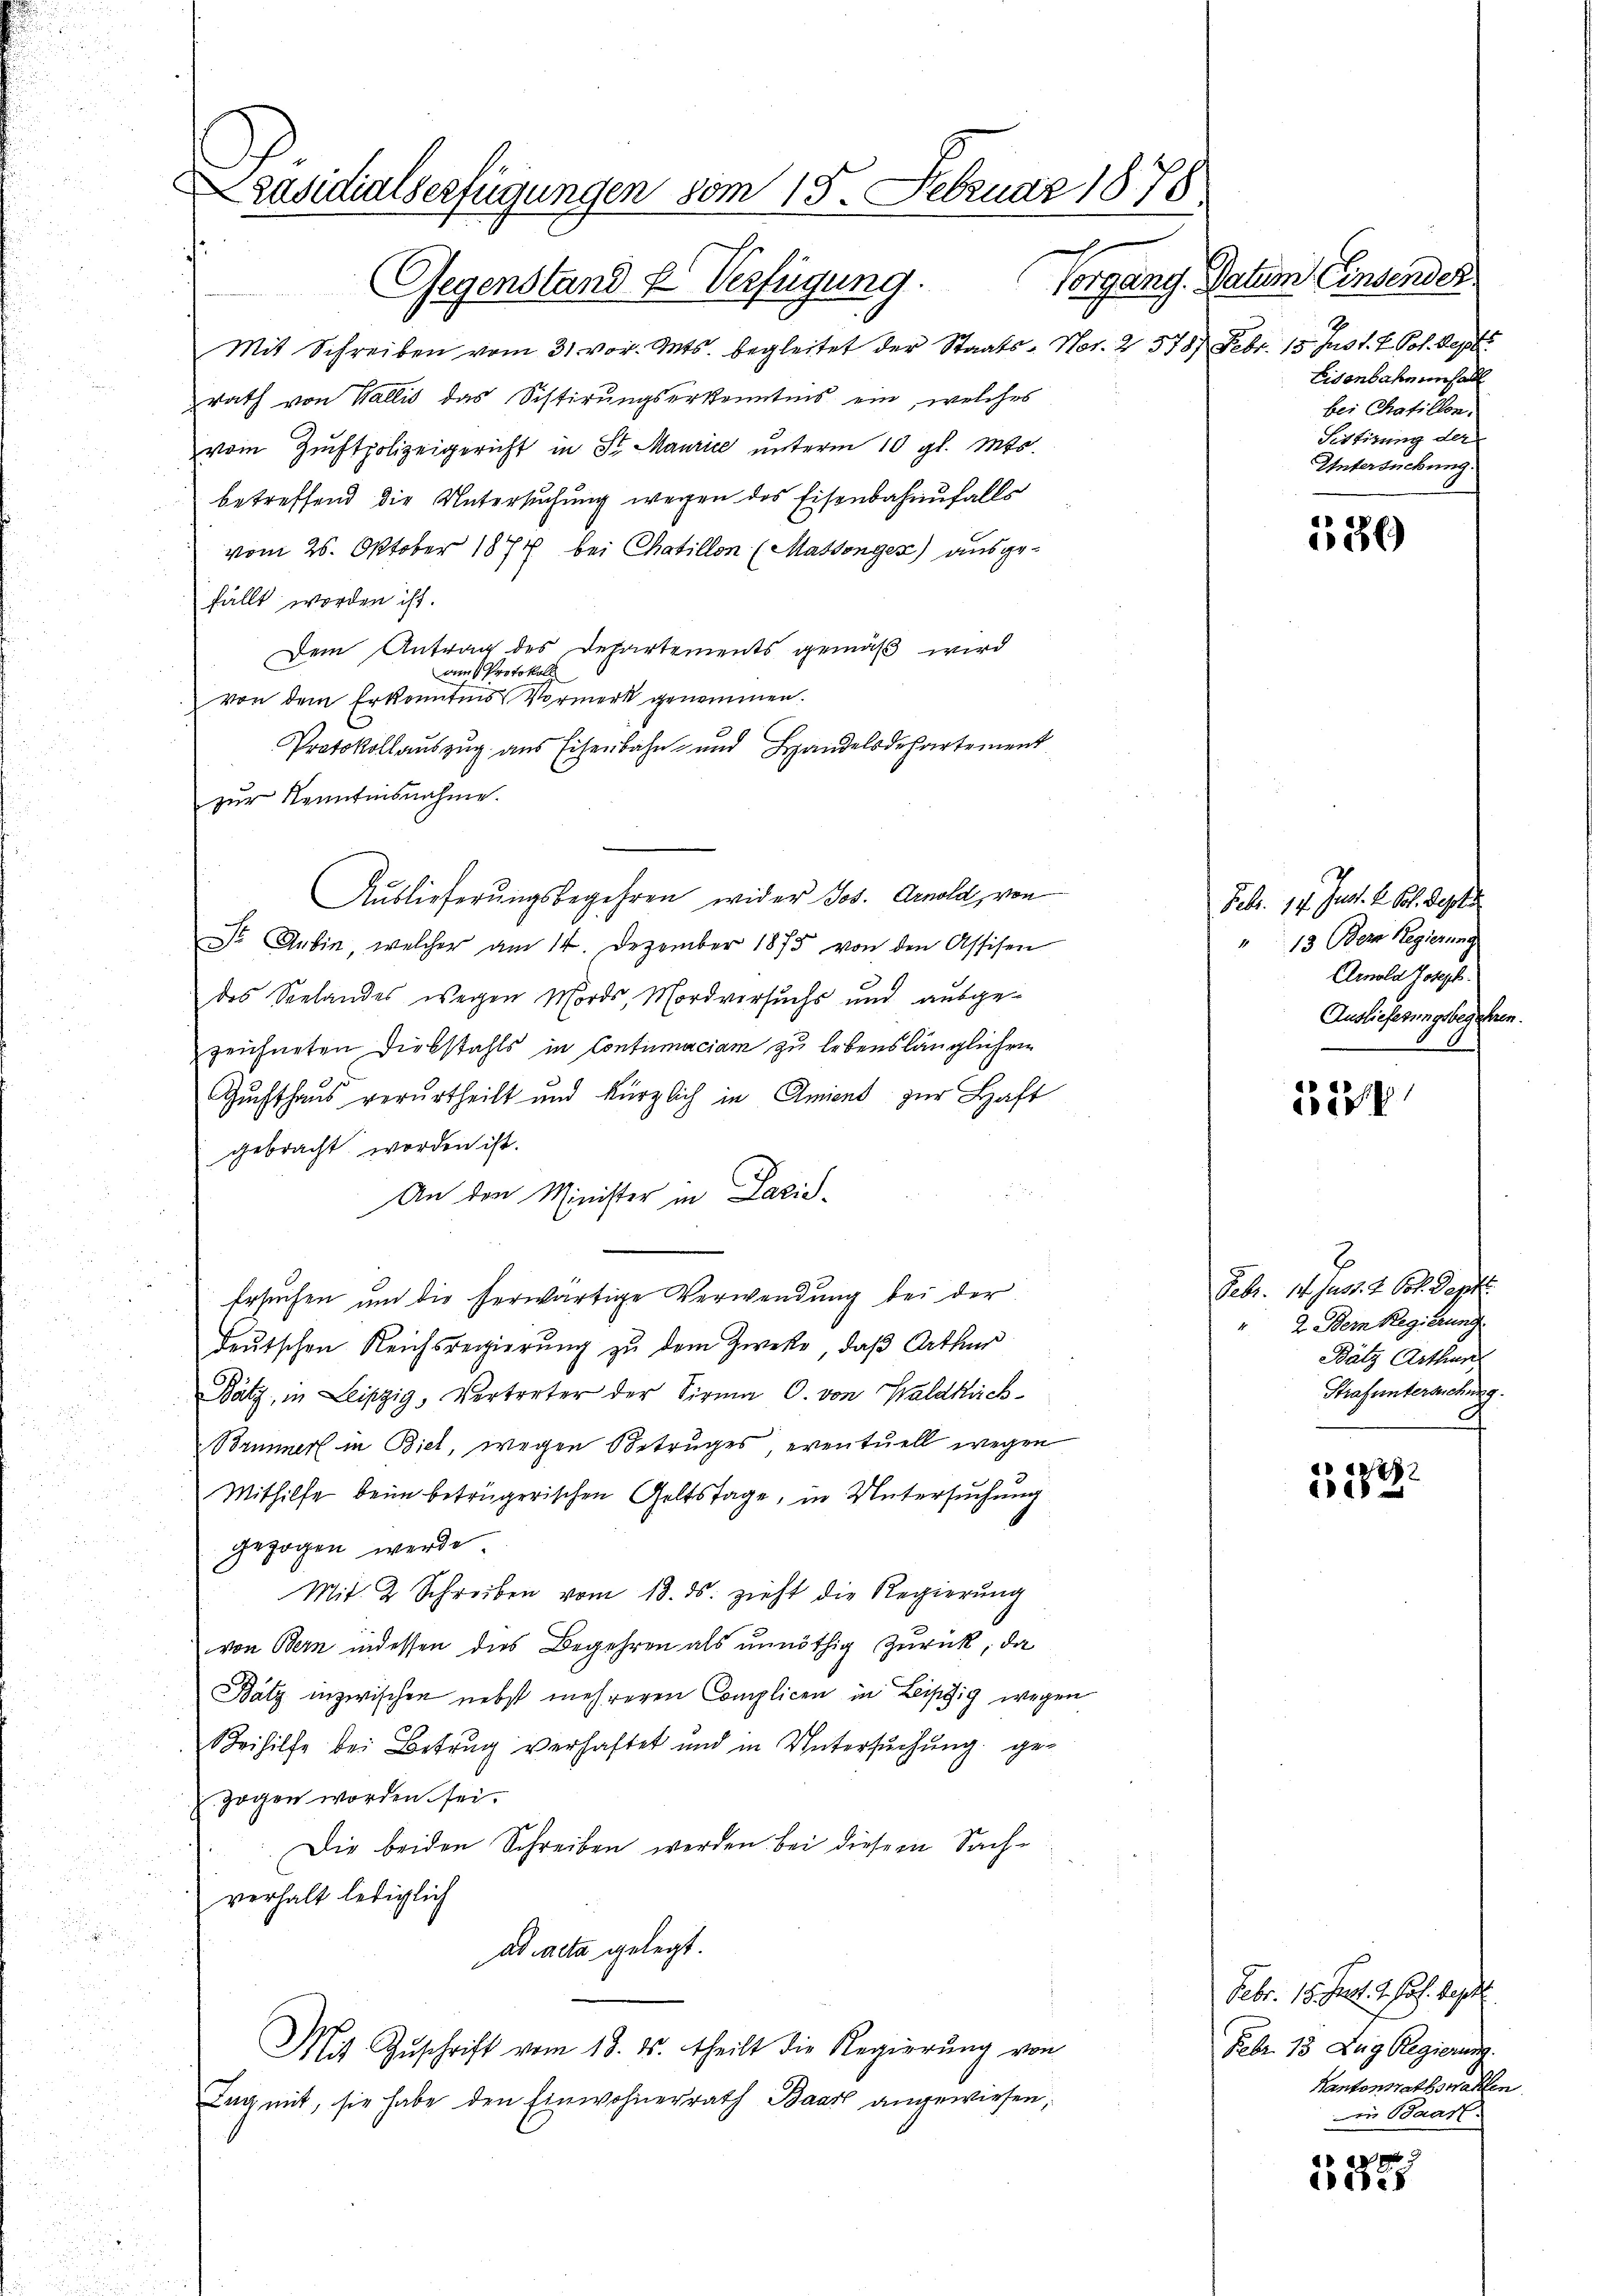
räsidialserfügungen vom 15. Februar 1878.
Gegenstand & Verfügung.

Mit Schreiben vom 31. vor. Mts. begleitet der Staats-Not. 2 578 Febr. 15 pro 1. 2. Pol. Sept.
rath von Wallis das Sistirungserkenntnis ein, welches
vom Zunftpolizeigericht in St. Maurice unterm 10 gl. Mts.
betreffend die Untersuchung wegen des Eisenbahnfalls
vom 26. Oktober 1874 bei Chaillon (Mattenger) ausgefällt worden ist.
Dem Antrag des Departements gemäß wird
am Protokoll
von dem Erkanntens Vormerk genommen.
Protokollauszug aus Eisenbahn- und Handelsdepartement
zŭr Kenntnisnahme.
Auslieferungsbegehren wider Jos. Arnold, von
 Anbin, welcher am 14. Dezember 1875 von den Assisen
des Seelandes wegen Mords, Mordversuchs und ausgezeichneten Diebstahls in Contumaciam zu lebenslänglichen
Zuchthaus verurtheilt und kürzlich in Amient zur Haft
gebracht worden ist.
An den Minister in Lazis-
Ersuchen um die herwärtige Verwendung bei der
Deutschen Reichsregierung zu dem Zwecke, daß Arthur
Bäty, in Leipzig, Vertreter der Firma C. von Waldkich-
Brunnerl in Biel, wegen Betruges, eventuell wegen
Mithilfe beim betrügerischen Geltstage, in Untersuchung
gezogen werde
Mit 2 Schreiben vom 18. ds. zieht die Regierŭng
von Bern indessen dies Begehren als unnöthig zurück, da
Bätz inzwischen nebst mehreren Complicen in Leipzig wegen
Beihilfe bei Betrug verhaftet und in Untersŭchŭng gezogen worden sei.
Die beiden Schreiben werden bei diesem Sachverhalt lediglich
ad acta gelegt.
Mit Zŭschrift vom 18. ds. theilt die Regierŭng von
Tag mit, sie habe den Einwohnerrath Baar angewiesen,

Vorgang. Datum Einsender
2
Eisenbahn unhall
bei Chatillen.
Sistirung der
Untersuchung.

1886

Febr. 17. Jun. 2. Joh. Septe
13 Bern Regierung
Amola Joseph
Auslieferungsbegehren.

227

2
3
Febr. 14. Just. 2. Oct. Sept.
" 2 Dem Regierung
Bätz Arthur
Strafuntersuchung.

2
1722

Febr. 15. Jul. 1. Jul. besit
Febr. 13 Zug Regierung.
Kantonsrathswahlen.
n Baar.

AAL
1425